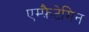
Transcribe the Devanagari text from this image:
एम्फ़ैटेमिन